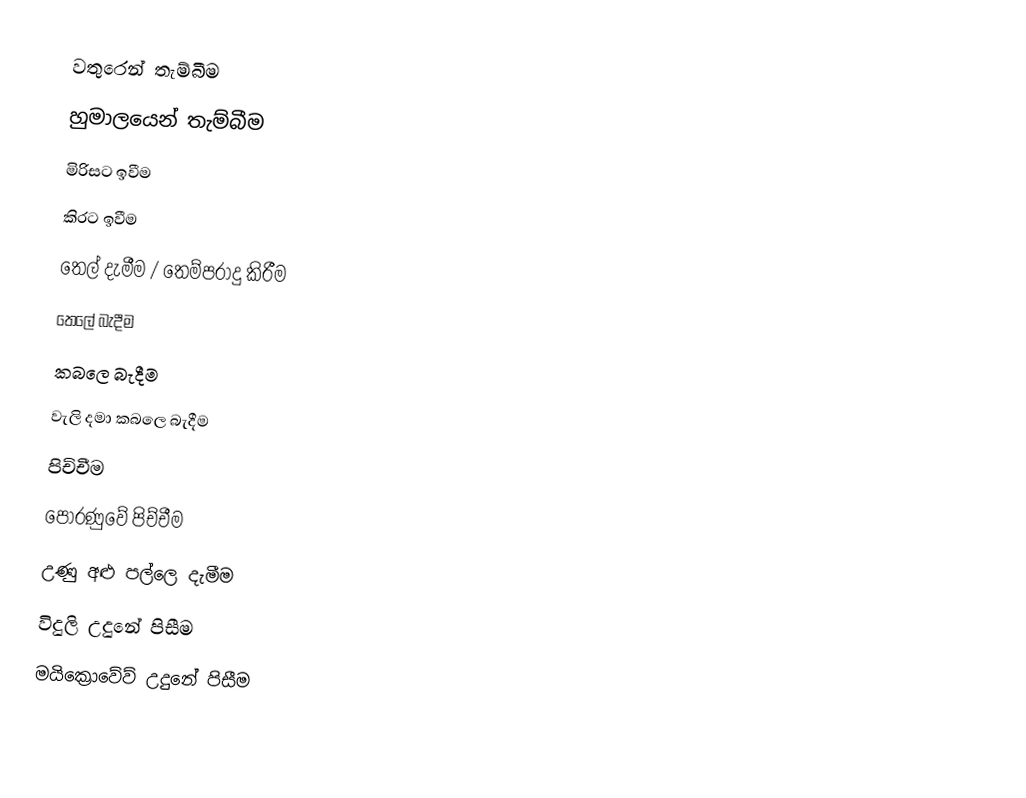
වතුරෙන් තැම්බීම
 හුමාලයෙන් තැම්බීම
 මිරිසට ඉවීම
 කිරට ඉවීම
 තෙල් දැමීම / තෙම්පරාදු කිරීම
 තෙලේ බැදීම
 කබලෙ බැදීම
 වැලි දමා කබලෙ බැදීම
 පිච්චීම
 පෝරණුවේ පිච්චීම
 උණු අළු පල්ලෙ දැමීම
විදුලි උදුනේ පිසීම
මයික්‍රොවේව් උදුනේ පිසීම